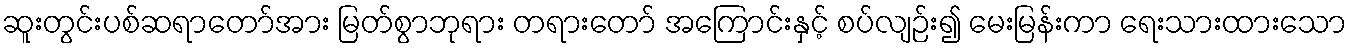
ဆူးတွင်းပစ်ဆရာတော်အား မြတ်စွာဘုရား တရားတော် အကြောင်းနှင့် စပ်လျဉ်း၍ မေးမြန်းကာ ရေးသားထားသော